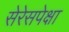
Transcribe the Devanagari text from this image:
सेरेसपेक्षा